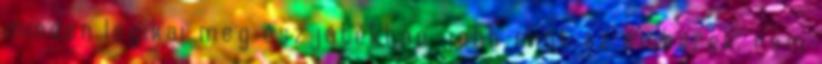
minden logikai meg észjátékban jobb mint az emberek, nem